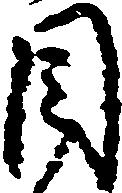
目